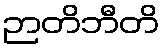
ဉာတိဘီတိ